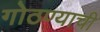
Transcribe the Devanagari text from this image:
गोठण्याची